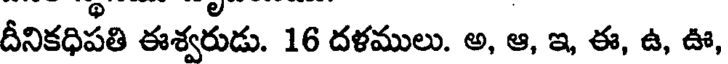
దీనికధిపతి ఈశ్వరుడు. 16 దళములు. అ, ఆ, ఇ, ఈ, ఉ, ఊ,